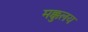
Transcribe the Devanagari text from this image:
मक्कुलय